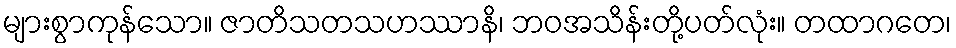
များစွာကုန်သော။ ဇာတိသတသဟဿာနိ၊ ဘဝအသိန်းတို့ပတ်လုံး။ တထာဂတေ၊